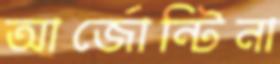
আর্জোন্টিনা